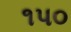
૧પ૦